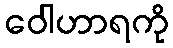
ဝေါဟာရကို